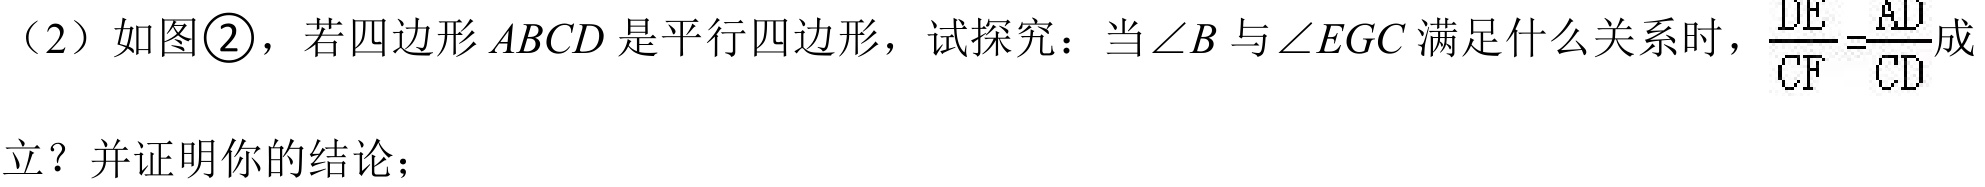
（2）如图\textcircled{2}，若四边形\(ABCD\)是平行四边形，试探究：当\(\angle B\)与\(\angle EGC\)满足什么关系时，\(\frac{DE}{CF}=\frac{AD}{CD}\)成
立？并证明你的结论；